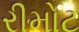
રીમોટ